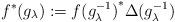
LaTeX: \begin{align*}f^\ast (g_\lambda):={f(g_\lambda^{-1})}^\ast\Delta(g_\lambda^{-1})\end{align*}